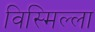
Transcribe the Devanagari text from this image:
विस्मिल्ला